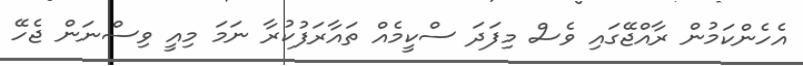
އެހެންކަމުން ރާއްޖޭގައި ވެސް މިފަދަ ސްކީމެއް ތައާރަފުކުރާ ނަމަ މިއީ ވިސްނަން ޖެހޭ